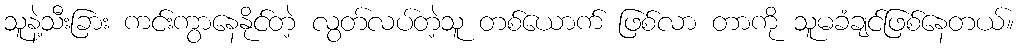
သူနဲ့သီးခြား ကင်းကွာနေနိုင်တဲ့ လွတ်လပ်တဲ့သူ တစ်ယောက် ဖြစ်လာ တာကို သူမခံချင်ဖြစ်နေတယ်။